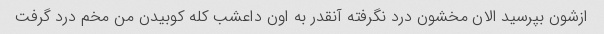
ازشون بپرسید الان مخشون درد نگرفته آنقدر به اون داعشب کله کوبیدن من مخم درد گرفت